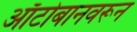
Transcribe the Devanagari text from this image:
ऑटोबानवरून